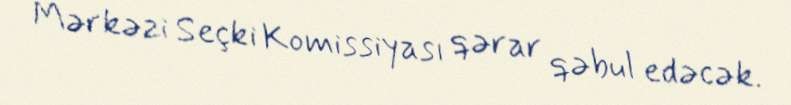
Mərkəzi Seçki Komissiyası qərar qəbul edəcək.